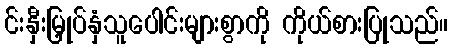
င်းနှီးမြှုပ်နှံသူပေါင်းများစွာကို ကိုယ်စားပြုသည်။